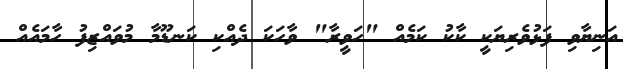
އަނިޔާވި ފަޅުވެރިޔަކީ ކާކު ކަމެއް "ހަވީރާ" ވާހަކަ ދެއްކި ކަނޑޫމާ މުވައްޒިފު ހާމައެއް